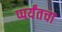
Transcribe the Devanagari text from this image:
प्पर्यंतचा